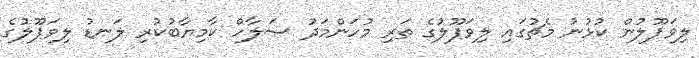
ލިވަޕޫލުން ކުޅުނު މެޗުގައި ލިވަޕޫލުގެ ތަރި މުހަންމަދު ސަލާހް ކާމިޔާބުކުރި ލަނޑު ލިވަޕޫލުގެ